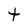
Character: t